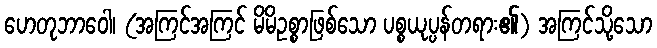
ဟေတုဘာဝေါ၊ (အကြင်အကြင် မိမိဥစ္စာဖြစ်သော ပစ္စယုပ္ပန်တရား၏) အကြင်သို့သော